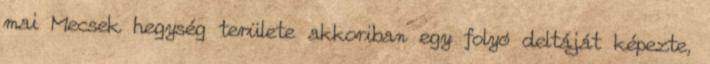
mai Mecsek hegység területe akkoriban egy folyó deltáját képezte,